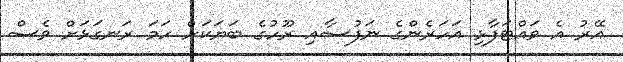
އޭރު އެ ވައްޓަފާޅި އަހަރެންގެ ނަފުސާއި ރޫހުގެ ބަޔަކަށް ހަމަ ރަނގަޅަށް ވެސް